Lunatic asylums Punjab 1911-1921 - 1911-1921
Year: 1911
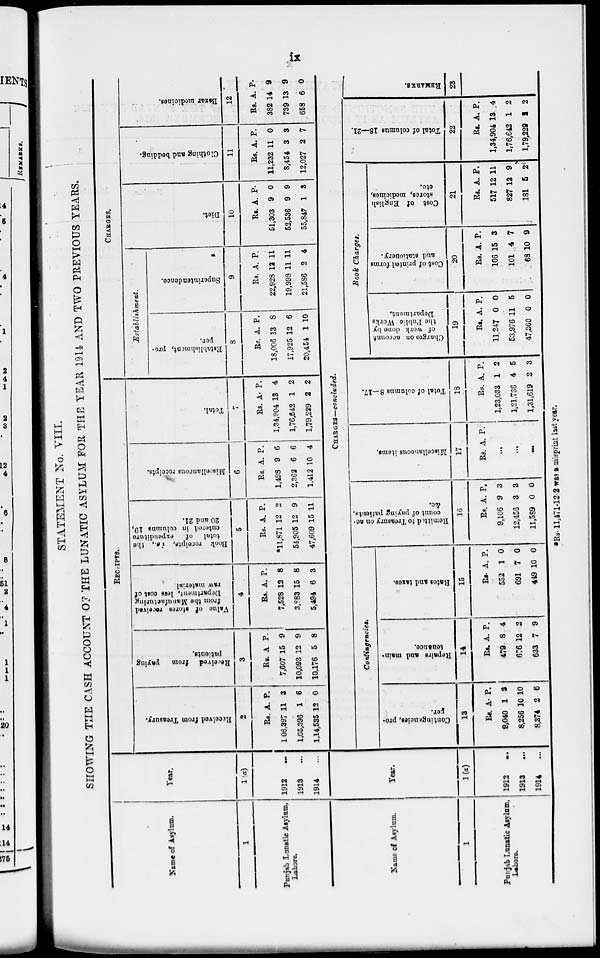
ix
STATEMENT No. VIII.
SHOWING THE CASH ACCOUNT OF THE LUNATIC ASYLUM FOR THE YEAR 1914 AND TWO PREVIOUS YEARS.
Name of Asylum.
1
Punjab Lunstic Asylum,
Lahore.
Year.
1(a)
1912
...
1913 ...
1914 ...
RECEIPTS.
Received
from Treasury.
2
Rs.
106,397
1,05,396
1,14,535
A.
11
1
12
P.
3
6
0
Received from
paying
patients.
3
Rs.
7,607
10,093
10,176
A.
15
12
5
P.
9
9
8
Value of stores received
from the Manufacturing
Department, less cost of
raw material.
4
Rs.
7,528
3,883
5,494
A.
12
15
6
P.
8
8
3
Book receipts, i.e., the
total of
expenditure
entered in columns 19,
20 and 21.
5
Rs.
*11,871
54,905
47,609
A.
12
12
15
P.
2
9
11
Miscellaneous receipts.
6
Rs.
1,498
2,362
1,412
A.
9
6
10
P.
6
6
4
Total.
7
Rs.
1,34,904
1,76,642
1,79,229
A.
13
1
2
P.
4
2
2
CHARGES.
Establishment.
Establishment, pro-
per.
8
Rs.
18,006
17,925
20,454
A.
13
12
1
P.
8
6
10
Superintendence.
9
Rs.
22,928
19,998
21,586
A.
12
11
2
P.
11
11
4
Diet.
10
Rs.
51,303
52,536
55,847
A.
9
9
1
P.
0
9
3
Clothing and bedding.
11
Rs.
11,232
8,454
12,027
A.
11
3
2
P.
0
3
7
Bazar medicines.
12
Rs.
382
739
668
A.
14
13
6
P
9
9
0
Name of Asylum.
1
Punjab Lunatic Asylum,
Lahore.
Year.
1(a)
1912
...
1913
...
1914
...
CHARGES—concluded.
Contingencies.
Contingencies, pro-
per.
13
Rs.
9,040
8,256
8,374
A.
1
10
2
P.
3
10
6
Repairs and main-
tenance.
14
Rs.
479
676
633
A.
8
12
7
P.
4
2
9
Bates and taxes.
15
Rs.
552
691
449
A.
1
7
10
P.
0
0
0
Remitted to Treasury
on ac-
count of paying patients,
&c.
16
Rs.
9,106
12,456
11,589
A.
9
3
0
P.
3
3
0
Miscellaneous items.
17
Rs. A. P.
...
...
...
Total of columns 8—17.
18
Rs.
1,23,033
1,21,736
1,31,619
A.
1
4
2
P.
2
5
3
Book Charges.
Charges on account
of work done by
the Public Works
Department.
19
Rs.
11,247
53,976
47,360
A.
0
11
0
P.
0
5
0
Cost of printed forms
and stationery.
20
Rs.
106
101
68
A.
15
4
10
P.
3
7
9
Cost of English
stores, medicines,
etc.
21
Rs.
517
827
181
A.
12
12
5
P.
11
9
2
Total of columns 18—21.
22
Rs.
1,34,904
1,76,642
1,79,229
A.
13
1
2
P.
4
2
2
REMARKS.
23
*Rs. 11,471-12-2 was a misprint last year.